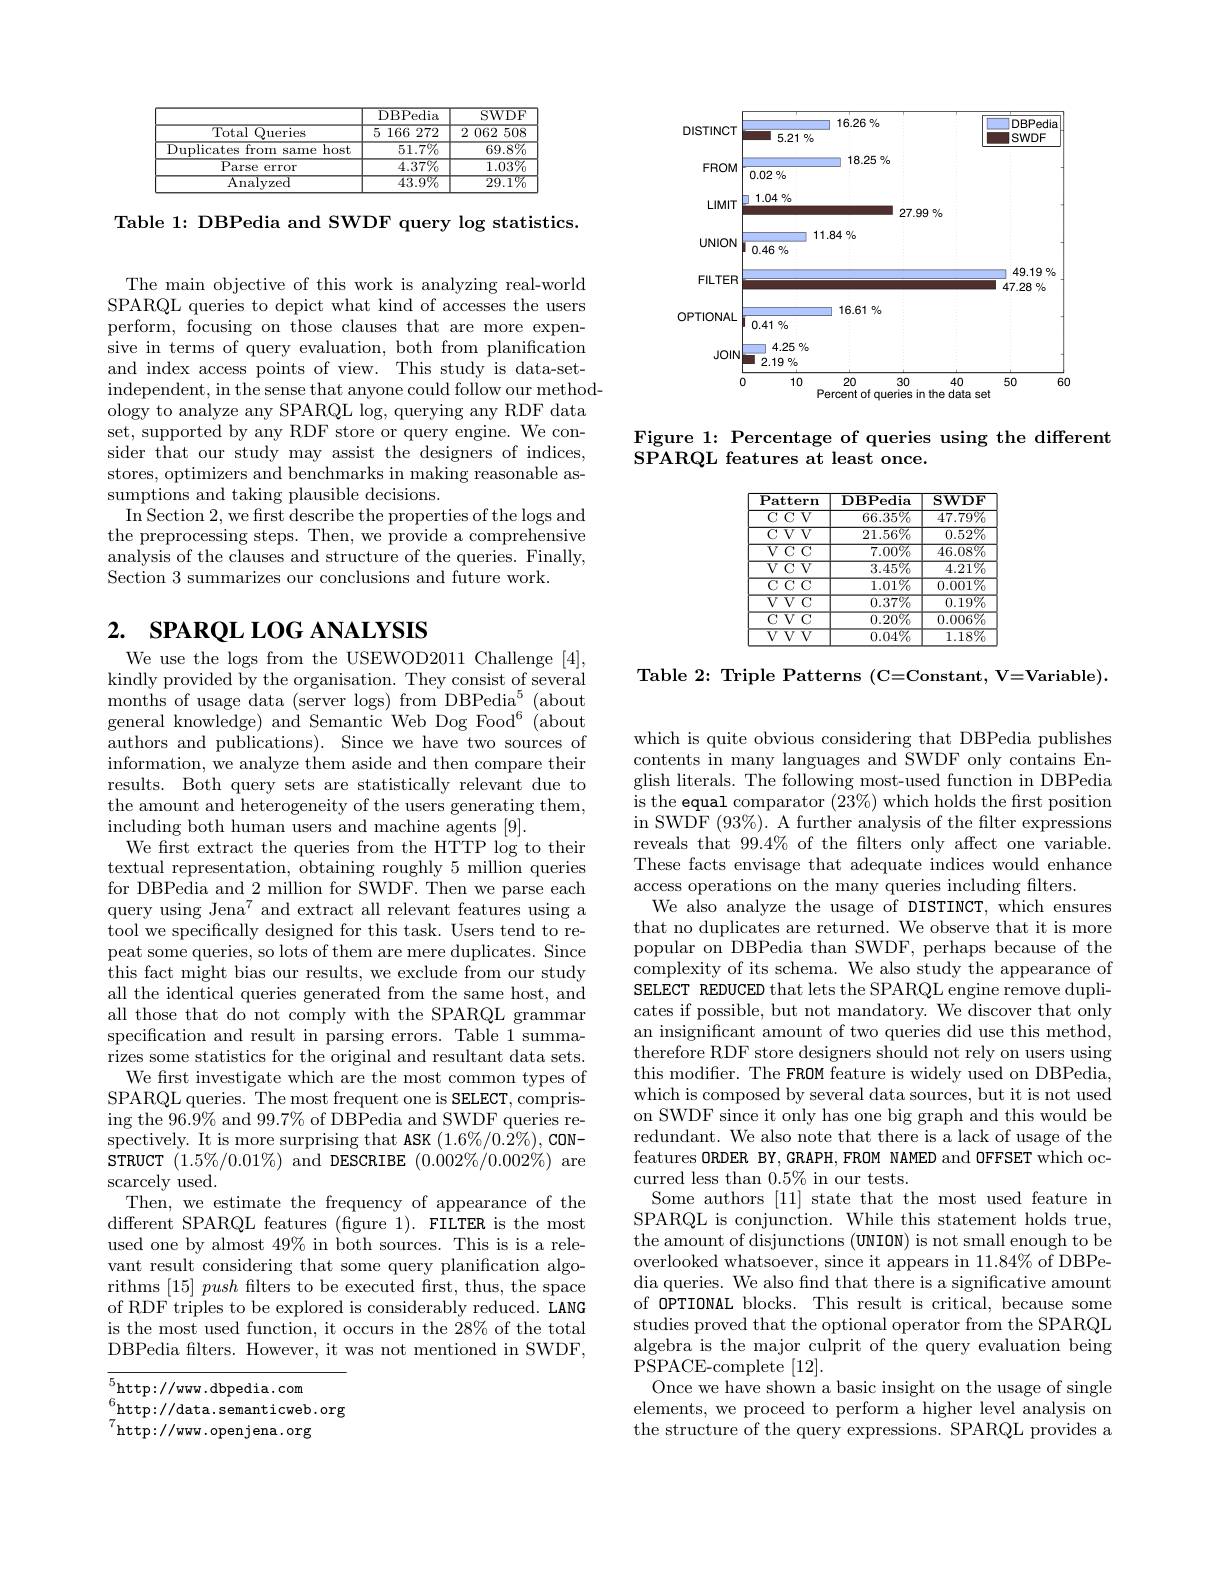
<table>
	<tbody>
		<tr>
			<th> </th>
			<th>$\overline{{\mathrm{DBPedia}}}$</th>
			<th>SWDF</th>
		</tr>
		<tr>
			<td>$\overline{{\mathrm{Total}}}$ ${\mathrm{Queries}}$</td>
			<td>51 166 272</td>
			<td>2 ( 062 508</td>
		</tr>
		<tr>
			<td>Duplicates from same host</td>
			<td>$51.7\%$</td>
			<td>$69.8\%$</td>
		</tr>
		<tr>
			<td>$\overline{\text{Parse}}$ error</td>
			<td>$4.37\%$</td>
			<td>$1.03\%$</td>
		</tr>
		<tr>
			<td>$\overline{\mathrm{Analvzed}}$</td>
			<td>$43.9\%$</td>
			<td>$29.1\%$</td>
		</tr>
	</tbody>
</table>

Table 1: DBPedia and SWDF query log statistics.

The main objective of this work is analyzing real-world SPARQL queries to depict what kind of accesses the users perform, focusing on those clauses that are more expensive in terms of query evaluation, both from planification and index access points of view. This study is data-setindependent, in the sense that anyone could follow our methodology to analyze any SPARQL log, querying any RDF data set, supported by any RDF store or query engine. We consider that our study may assist the designers of indices, stores, optimizers and benchmarks in making reasonable assumptions and taking plausible decisions.
In Section 2, we first describe the properties of the logs and the preprocessing steps. Then, we provide a comprehensive analysis of the clauses and structure of the queries. Finally, Section 3 summarizes our conclusions and future work.

# 2. $\textbf{SPARQL LOG ANALYSIS}$

We use the logs from the USEWOD2011 Challenge [4], kindly provided by the organisation. They consist of several months of usage data (server logs) from DBPedia$^5$ (about general knowledge) and Semantic Web Dog Food$^6$ (about authors and publications). Since we have two sources of information, we analyze them aside and then compare their results. Both query sets are statistically relevant due to the amount and heterogeneity of the users generating them, including both human users and machine agents [9].
We frst extract the queries from the HTTP log to their textual representation, obtaining roughly 5 million queries for DBPedia and 2 million for SWDF. Then we parse each query using Jena$^7$ and extract all relevant features using a tool we specifically designed for this task. Users tend to repeat some queries, so lots of them are mere duplicates. Since this fact might bias our results, we exclude from our study all the identical queries generated from the same host, and all those that do not comply with the SPARQL grammar specification and result in parsing errors. Table 1 summarizes some statistics for the original and resultant data sets.
We first investigate which are the most common types of SPARQL queries. The most frequent one is SELECT, comprising the $96.9\%$ and $99.7\%$ of DBPedia and SWDF queries respectively. It is more surprising that ASK $(1.6\%/0.2\%)$,CON- $\begin{array}{c}\mathrm{sTRUCT}&(1.5\%/0.01\%)&\mathrm{and}&\mathrm{DESCRIBE}&(0.\dot{0}02\%/0.002\%)\end{array}$are scarcely used.
Then, we estimate the frequency of appearance of the different SPARQL features (figure 1). FILTER is the most used one by almost 49% in both sources. This is is a relevant result considering that some query planification algorithms $[15]push$ filters to be executed first, thus, the space of RDF triples to be explored is considerably reduced. $\hat{\text{LANG}}$ is the most used function, it occurs in the 28% of the total DBPedia flters. However, it was not mentioned in SWDF,

$^{6}$http://data.semanticweb.org
$^{7}$http://www.openjena.org

<FigureHere>

Figure 1: Percentage of queries using the different
SPARQL features at least once.

<table>
	<tbody>
		<tr>
			<th>$\overline{{\mathrm{Pattern}}}$</th>
			<th>$\mathbf{DBPedia}$</th>
			<th>$\mathbf{SWDF}$</th>
		</tr>
		<tr>
			<td>$\overline{\mathrm{C~C}}$ $\overline{V}$</td>
			<td>$66.35\%$</td>
			<td>$47.79\%$</td>
		</tr>
		<tr>
			<td>$C$ $V$ $V$ 1</td>
			<td>$21.56\%$</td>
			<td>$0.52\%$</td>
		</tr>
		<tr>
			<td>$\overline{V}$ $CC$</td>
			<td>$7.00\%$</td>
			<td>$46.08\%$</td>
		</tr>
		<tr>
			<td>$\overline{VCV}$</td>
			<td>$3.45\%$</td>
			<td>$\overline{4.21\%}$</td>
		</tr>
		<tr>
			<td>$\overline{\mathrm{CCCC}}$</td>
			<td>$\overline{1.01\%}$</td>
			<td>$\overline{0.001\%}$</td>
		</tr>
		<tr>
			<td>$\overline{VVC}$</td>
			<td>$0.37\%$</td>
			<td>$0.19\%$</td>
		</tr>
		<tr>
			<td>$\overline{\mathrm{CVC}}$</td>
			<td>$0.20\%$</td>
			<td>$\overline{0.006\%}$</td>
		</tr>
		<tr>
			<td>$VVV$</td>
			<td>$0.04\%$</td>
			<td>$1.18\%$</td>
		</tr>
	</tbody>
</table>

Table 2: Triple Patterns (C=Constant, V=Variable).

which is quite obvious considering that DBPedia publishes contents in many languages and SWDF only contains English literals. The following most-used function in DBPedia is the equal comparator $(23\%)$ which holds the frst position in SWDF $(93\%).$ A further analysis of the filter expressions reveals that 99.4% of the filters only affect one variable. These facts envisage that adequate indices would enhance access operations on the many queries including filters.
We also analyze the usage of DISTINCT, which ensures that no duplicates are returned. We observe that it is more popular on DBPedia than SWDF, perhaps because of the complexity of its schema. We also study the appearance of SELECT REDUCED that lets the SPARQL engine remove duplicates if possible, but not mandatory. We discover that only an insignificant amount of two queries did use this method, therefore RDF store designers should not rely on users using this modifer. The FROM feature is widely used on DBPedia, which is composed by several data sources, but it is not used on SWDF since it only has one big graph and this would be redundant. We also note that there is a lack of usage of the features ORDER BY,GRAPH, FROM NAMED and OFFSET which occurred less than $0.5\%$ in our tests.
Some authors [11] state that the most used feature in SPARQL is conjunction. While this statement holds true, the amount of disjunctions (UNION) is not small enough to be $\begin{array}{c}{\mathrm{overlooked~whatsoever,~since~it~appears~in~11.84\%~of~DBPe-}}\\{\mathrm{overlooked~whatsoever,~since~it~appears~in~11.84\%~of~DBPe-}}\end{array}$ dia queries. We also find that there is a significative amount of OPTIONAL blocks. This result is critical, because some studies proved that the optional operator from the SPARQL algebra is the major culprit of the query evaluation being PSPACE- complete [12].
Once we have shown a basic insight on the usage of single elements, we proceed to perform a higher level analysis on the structure of the query expressions. SPARQL provides a